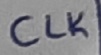
Text: CLK